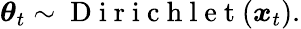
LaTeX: \boldsymbol{\theta}_{t}\sim\mathrm{~D~i~r~i~c~h~l~e~t~}(\boldsymbol x_{t}).